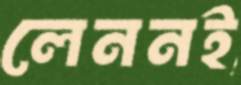
লেননই